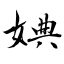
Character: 婰